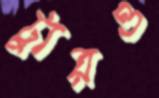
ট্যুরও